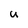
Character: U